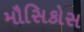
મૌસિકોસ